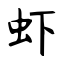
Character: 虾